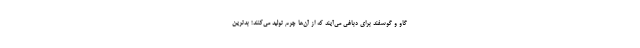
گاو و گوسفند برای دباغی می‌آیند که از آن‌ها چرم تولید می‌کنند؛ بدترین